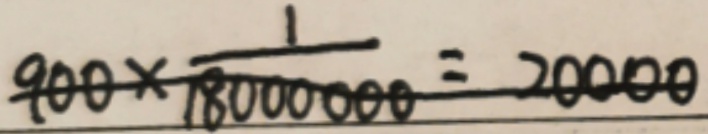
9 0 0 \times \frac { 1 } { 1 8 0 0 0 0 0 0 } = 2 0 0 0 0